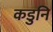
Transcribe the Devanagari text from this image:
कडुनि